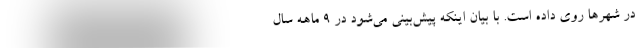
در شهرها روی داده است. با بیان اینکه پیش‌بینی می‌شود در 9 ماهه سال